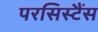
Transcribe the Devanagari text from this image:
परसिस्टैंस